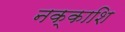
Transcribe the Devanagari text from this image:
नक्काशि